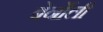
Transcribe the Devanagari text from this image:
बेर्नोली